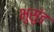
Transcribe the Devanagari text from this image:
भुसुंड